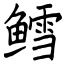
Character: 鳕